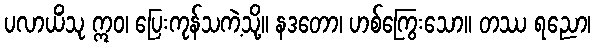
ပလာယိံသု ဣဝ၊ ပြေးကုန်သကဲ့သို့။ နဒတော၊ ဟစ်ကြွေးသော။ တဿ ရညော၊